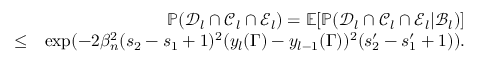
\begin{array} { r l r } & { } & { \mathbb { P } ( \mathcal { D } _ { l } \cap \mathcal { C } _ { l } \cap \mathcal { E } _ { l } ) = \mathbb { E } [ \mathbb { P } ( \mathcal { D } _ { l } \cap \mathcal { C } _ { l } \cap \mathcal { E } _ { l } | \mathcal { B } _ { l } ) ] } \\ & { \leq } & { \exp ( - 2 \beta _ { n } ^ { 2 } ( s _ { 2 } - s _ { 1 } + 1 ) ^ { 2 } ( y _ { l } ( \Gamma ) - y _ { l - 1 } ( \Gamma ) ) ^ { 2 } ( s _ { 2 } ^ { \prime } - s _ { 1 } ^ { \prime } + 1 ) ) . } \end{array}